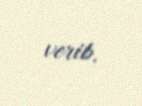
verib.